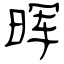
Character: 晖